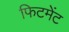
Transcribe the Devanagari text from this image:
फिटमेंट